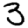
Digit: 3